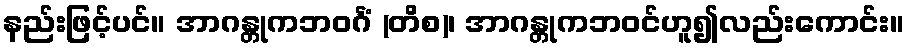
နည်းဖြင့်ပင်။ အာဂန္တုကဘဝင်္ဂံ (တိစ)၊ အာဂန္တုကဘဝင်ဟူ၍လည်းကောင်း။